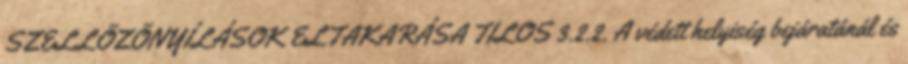
SZELLÕZÕNYÍLÁSOK ELTAKARÁSA TILOS 3.2.2. A védett helyiség bejáratánál és